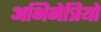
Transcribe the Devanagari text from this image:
अभिनेत्रियो